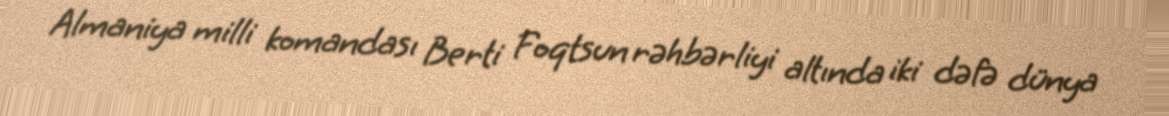
Almaniya milli komandası Berti Foqtsun rəhbərliyi altında iki dəfə dünya